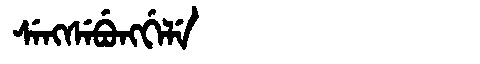
Manchu: ᠰᡝᠩᠰᡝᠪᡠᠩᡤᡝᠯᡝ
Romanization: SENGSEBUNGGELE